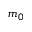
m _ { 0 }